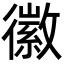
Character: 徽